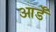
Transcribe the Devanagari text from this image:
आर्डॅ